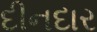
દીનદાર